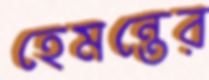
হেমন্তের